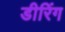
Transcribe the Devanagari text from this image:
डीरिंग